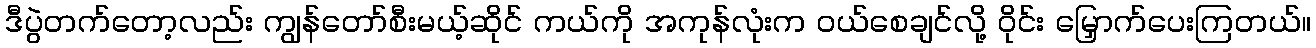
ဒီပွဲတက်တော့လည်း ကျွန်တော်စီးမယ့်ဆိုင် ကယ်ကို အကုန်လုံးက ဝယ်စေချင်လို့ ဝိုင်း မြှောက်ပေးကြတယ်။